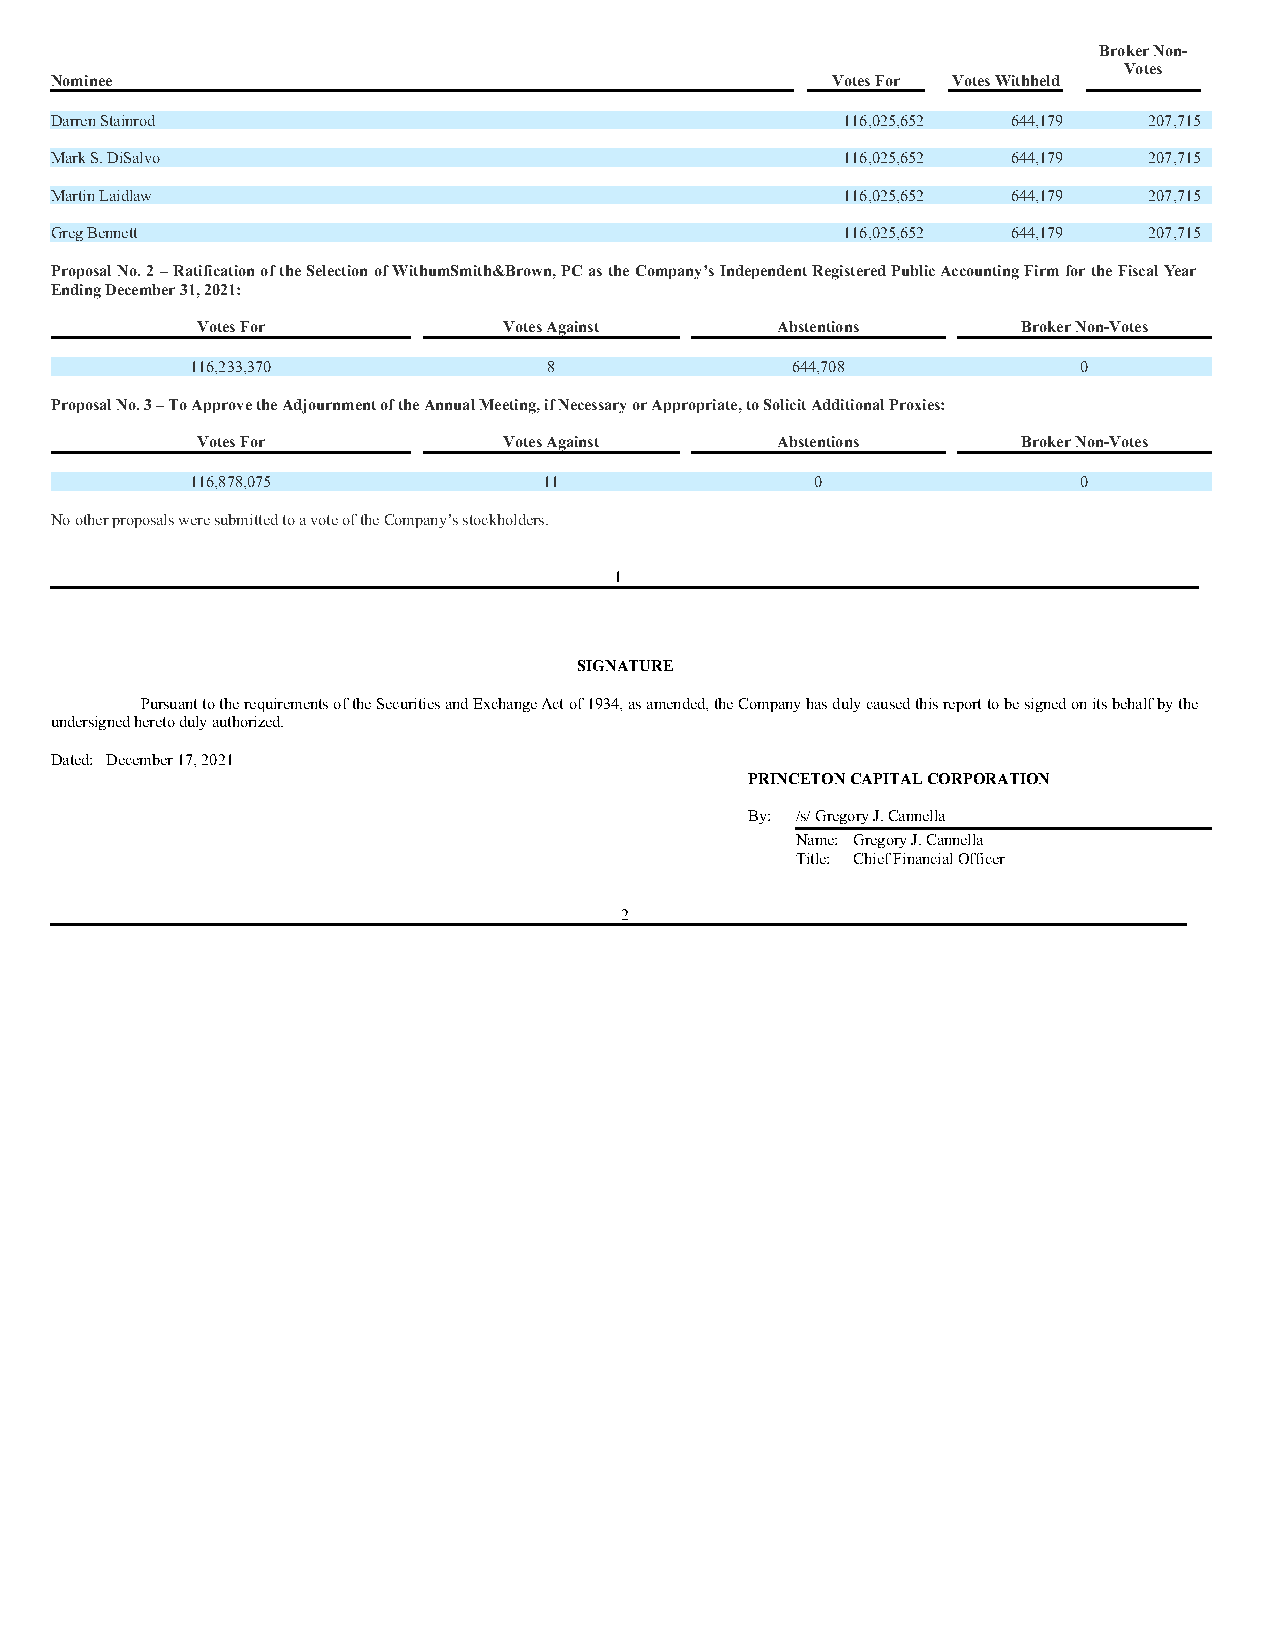
Broker Non-
 Votes
 Nominee                                             Votes For Votes Withheld
 Darren Stainrod                                      116,025,652 644,179 207,715
 Mark S. DiSalvo                                      116,025,652 644,179 207,715
 Martin Laidlaw                                       116,025,652 644,179 207,715
 Greg Bennett                                         116,025,652 644,179 207,715
 Proposal No. 2 – Ratification of the Selection of WithumSmith&Brown, PC as the Company’s Independent Registered Public Accounting Firm for the Fiscal Year
 Ending December 31, 2021:
 Votes For           Votes Against     Abstentions      Broker Non-Votes
 116,233,370            8               644,708             0
 Proposal No. 3 – To Approve the Adjournment of the Annual Meeting, if Necessary or Appropriate, to Solicit Additional Proxies:
 Votes For           Votes Against     Abstentions      Broker Non-Votes
 116,878,075            11                0                 0
 No other proposals were submitted to a vote of the Company’s stockholders.
 1
 SIGNATURE
 Pursuant to the requirements of the Securities and Exchange Act of 1934, as amended, the Company has duly caused this report to be signed on its behalf by the
 undersigned hereto duly authorized.
 Dated: December 17, 2021
 PRINCETON CAPITAL CORPORATION
 By: /s/ Gregory J. Cannella
 Name: Gregory J. Cannella
 Title: Chief Financial Officer
 2